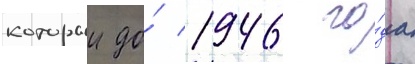
которыи до́ 1946 го́да